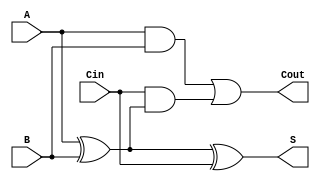
module TransmissionGateFullAdder (
    input wire A,      // First input bit
    input wire B,      // Second input bit
    input wire Cin,    // Carry-in bit
    output wire S,     // Sum output
    output wire Cout   // Carry-out output
);

// Internal wires for intermediate signals
wire A_B_XOR;       // Intermediate signal for A XOR B
wire A_B_AND;       // Intermediate signal for A AND B
wire Cin_A_B_XOR_AND; // Intermediate signal for Cin AND (A XOR B)

// Transmission Gate for A XOR B
assign A_B_XOR = (A ^ B);

// Transmission Gate for A AND B
assign A_B_AND = A & B;

// Transmission Gate for Cin AND (A XOR B)
assign Cin_A_B_XOR_AND = Cin & A_B_XOR;

// Sum output S = A XOR B XOR Cin
assign S = A_B_XOR ^ Cin;

// Carry-out output Cout = (A AND B) OR (Cin AND (A XOR B))
assign Cout = A_B_AND | Cin_A_B_XOR_AND;

endmodule